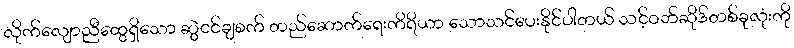
လိုက်လျောညီထွေရှိသော ဆွဲငင်ချစက် တည်ဆောက်ရေးကိရိယာ သောသင်ပေးနိုင်ပါတယ် သင့်ဝဘ်ဆိုဒ်တစ်ခုလုံးကို